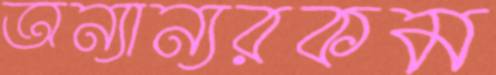
অন্যান্যরকম